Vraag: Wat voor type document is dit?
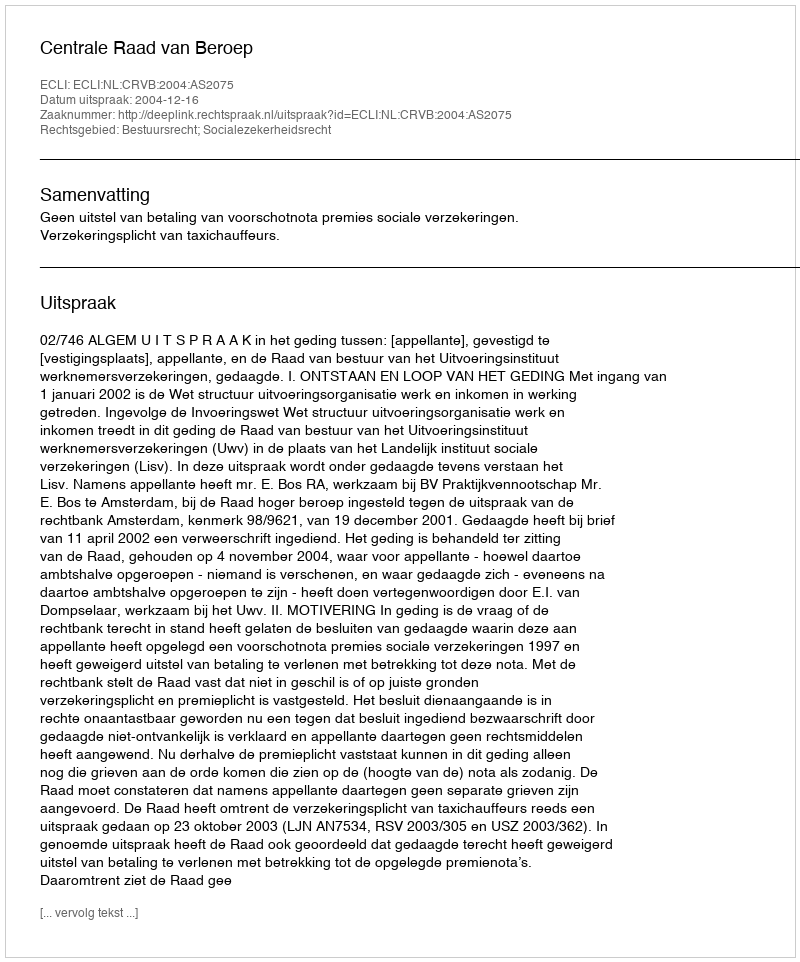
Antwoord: Uitspraak